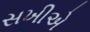
સખીએ